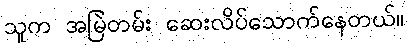
သူက အမြဲတမ်း ဆေးလိပ်သောက်နေတယ်။